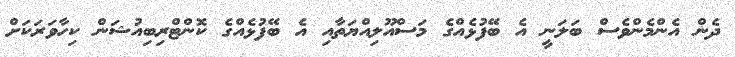
ދެން އެންމެންވެސް ބަލަނީ އެ ބޭފުޅެއްގެ މަސްއޫލިއްޔަތާއި އެ ބޭފުޅެއްގެ ކޮންޓްރިބިއުޝަން ކިހާވަރަކަށް